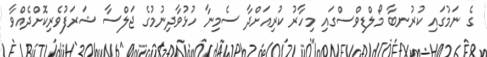
ގެ ނަމުގައި ކުރުނބާ މޯލްޑިވްސްގައި މިހާރު ކުރިއަށްދާ ސެމިނާ ހުޅުވާދިނުމުގެ ޖަލްސާ ޝަރަފުވެރިކޮށްދެއްވާ